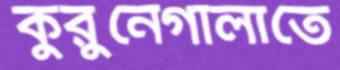
কুরুনেগালাতে